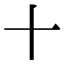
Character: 十